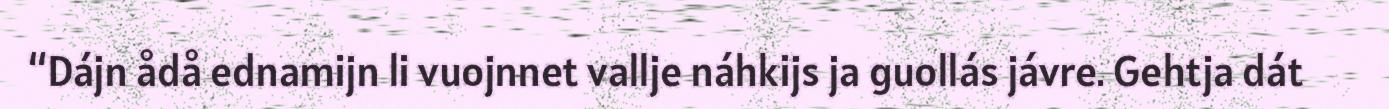
“Dájn ådå ednamijn li vuojnnet vallje náhkijs ja guollás jávre. Gehtja dát